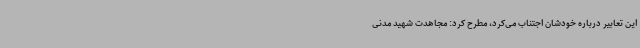
این تعابیر درباره خودشان اجتناب می‌کرد، مطرح کرد: مجاهدت شهید مدنی